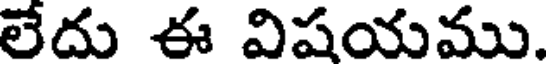
లేదు ఈ విషయము.